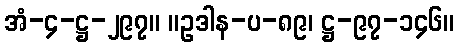
အံ-၄-ဋ္ဌ-၂၉၇။ ။ဥဒါန-ပ-၈၉၊ ဋ္ဌ-၉၇-၁၄၆။